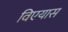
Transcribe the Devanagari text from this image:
विएयास